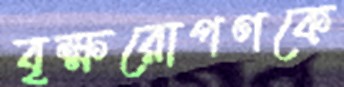
বৃক্ষরোপণকে